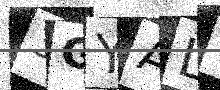
Text: 3GYALW